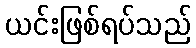
ယင်းဖြစ်ရပ်သည်